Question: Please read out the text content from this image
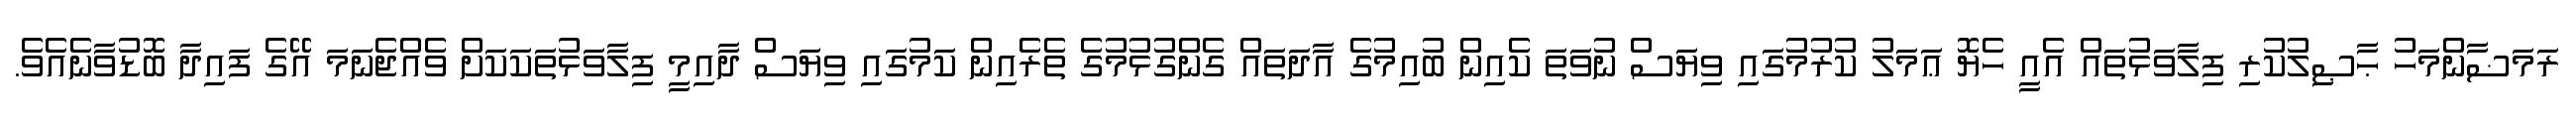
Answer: ރަމަޟާންމަހު ޙާޞިލުކުރި ފިލާވަޅުތައް އެއީ ހެޔޮ ޢަމަލު ކުރުމުގައި ވިޔަސް ނުވަތަ ކެއިން ބުއިމުގެ އާދަތައް ގެންގުޅުމުގެ ތެރެއިން ކަމުގައި ވިޔަސް ދާއިމީ ފިލާވަޅުތަކަކަށް ވެއްޖެނަމަ އޭގެ ފައިދާ ބޮޑުވާނެއެވެ.